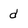
Character: d